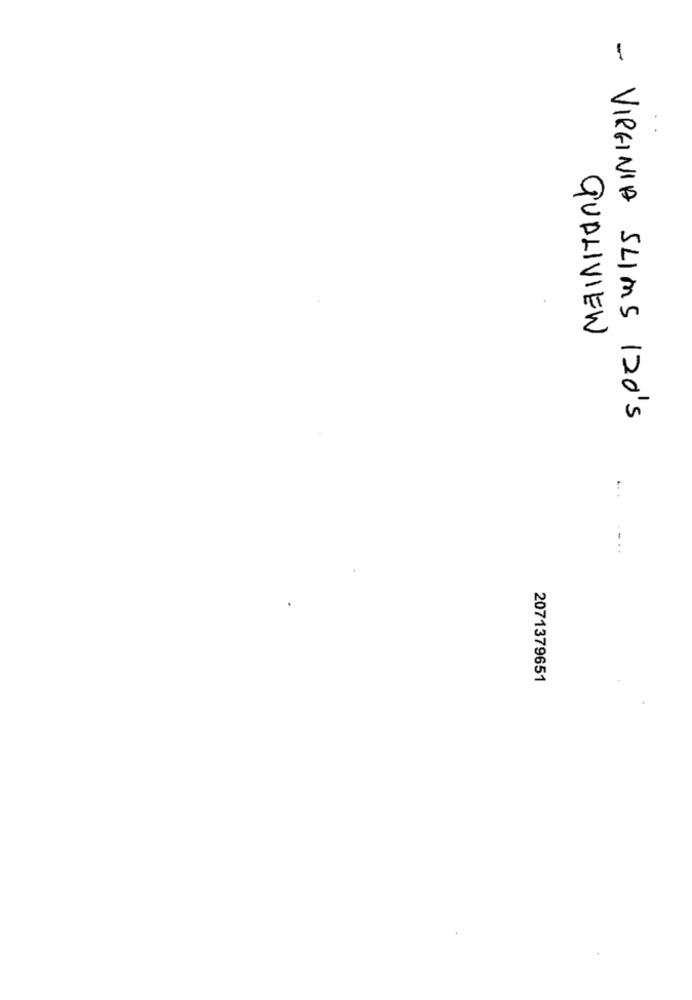
QUALIVIEW
- VIRGINIA SLIMS 120'S
2071379651